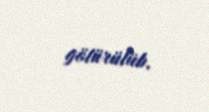
götürülüb.